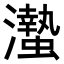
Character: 𤄁